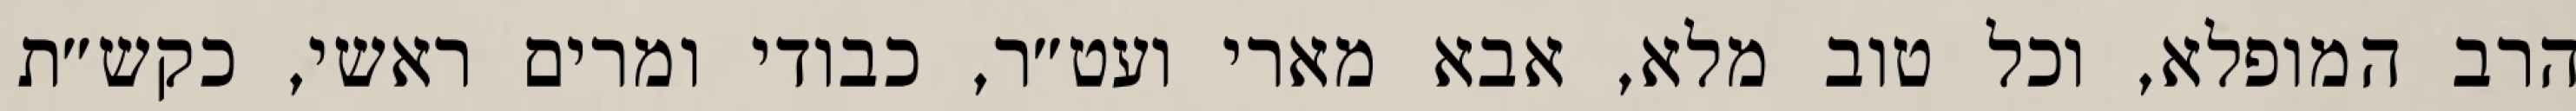
הרב המופלא, וכל טוב מלא, אבא מארי ועט״ר, כבודי ומרים ראשי, כקש״ת